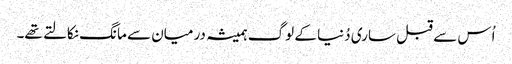
اُس سے قبل ساری دُنیا کے لوگ ہمیشہ درمیان سے مانگ نکالتے تھے۔